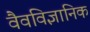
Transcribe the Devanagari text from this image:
वैवविज्ञानिक